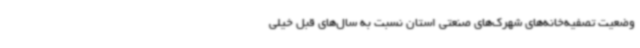
وضعیت تصفیه‌خانه‌های شهرک‌های صنعتی استان نسبت به سال‌های قبل خیلی